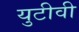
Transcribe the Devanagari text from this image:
युटीवी